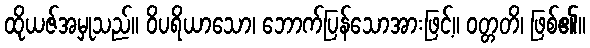
ထိုယဇ်အမှုသည်။ ဝိပရိယာသော၊ ဘောက်ပြန်သောအားဖြင့်။ ဝတ္တတိ၊ ဖြစ်၏။